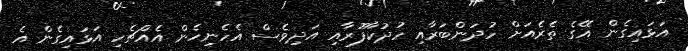
އަޅައިގެން އޭގެ ތެރެއަށް ހުދަންބަރާއި ހުދުކާފޫރާއި އަދިވެސް އެހެނިހެން އެއްޗެހި އަޅައިގެން އެ